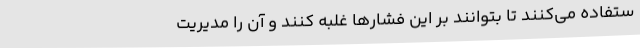
ستفاده می‌کنند تا بتوانند بر این فشارها غلبه کنند و آن را مدیریت